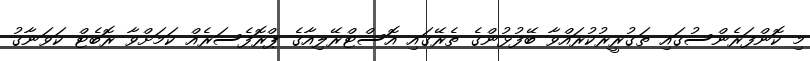
މި ކޮންފަރެންސުގައި ތަގުރީރުކުރައްވާ ބޭފުޅުންގެ ތެރޭގައި އޮސްޓްރޭލިއާގެ ޕްރޮފެސަރެއް ކަމަށްވާ ރޮބެޓް ކަވަނާގު